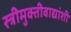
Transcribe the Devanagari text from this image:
स्त्रीमुक्तीवाद्यांशी